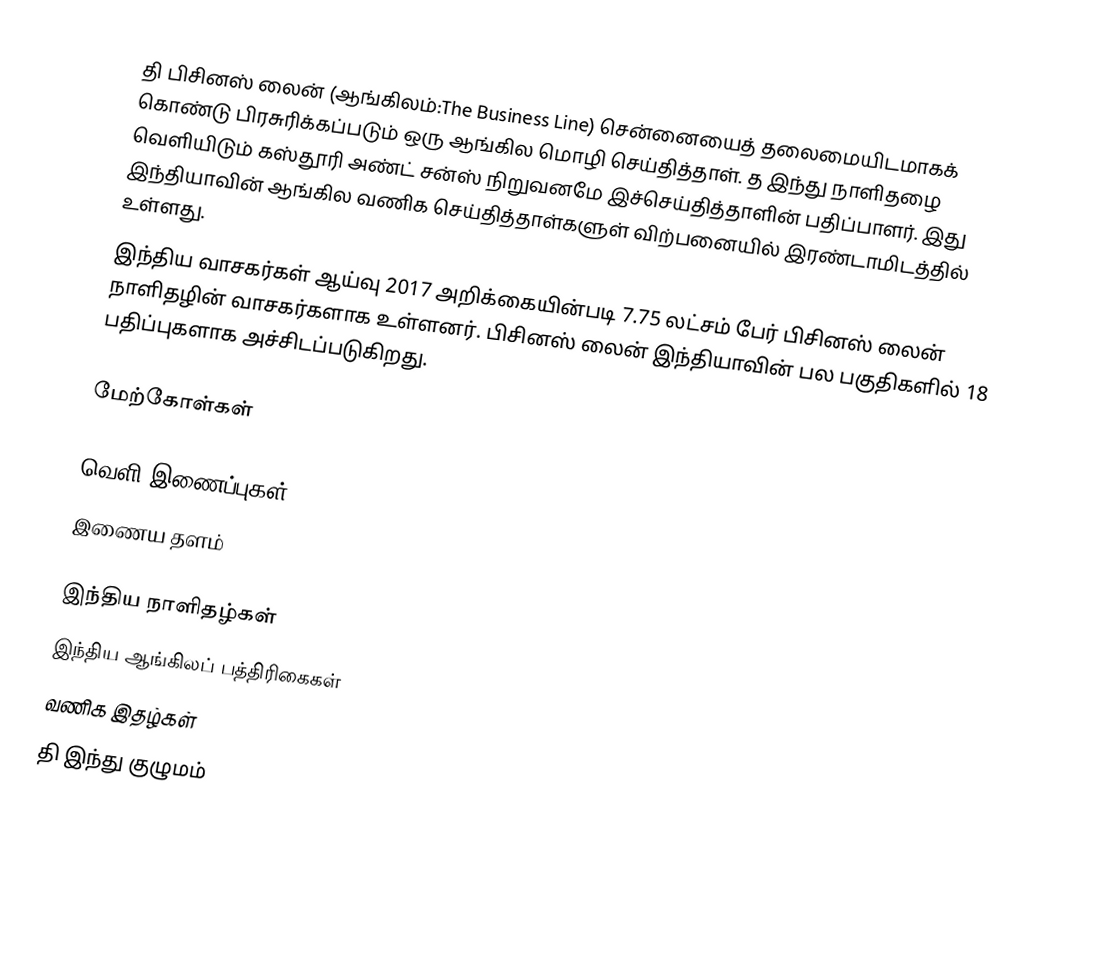
தி பிசினஸ் லைன் (ஆங்கிலம்:The Business Line) சென்னையைத் தலைமையிடமாகக் கொண்டு பிரசுரிக்கப்படும் ஒரு ஆங்கில மொழி செய்தித்தாள். த இந்து நாளிதழை வெளியிடும் கஸ்தூரி அண்ட் சன்ஸ் நிறுவனமே இச்செய்தித்தாளின் பதிப்பாளர். இது இந்தியாவின் ஆங்கில வணிக செய்தித்தாள்களுள் விற்பனையில் இரண்டாமிடத்தில் உள்ளது.
இந்திய வாசகர்கள் ஆய்வு 2017 அறிக்கையின்படி 7.75 லட்சம் பேர் பிசினஸ் லைன் நாளிதழின் வாசகர்களாக உள்ளனர். பிசினஸ் லைன் இந்தியாவின் பல பகுதிகளில் 18 பதிப்புகளாக அச்சிடப்படுகிறது.

மேற்கோள்கள்

வெளி இணைப்புகள்
  இணைய தளம்

இந்திய நாளிதழ்கள்
இந்திய ஆங்கிலப் பத்திரிகைகள்
வணிக இதழ்கள்
தி இந்து குழுமம்